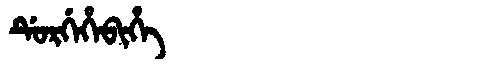
Manchu: ᡩᡠᡵᡤᡝᡥᡝᠪᡳᡥᡝ
Romanization: DURGEHEBIHE